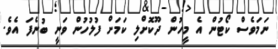
ނަމަވެސް ކޯޓުން އެ މީހުން ދޫކޮށްލި ކަމަށް ފުލުހުން ވަނީ ބުނެފަ އެވެ.